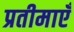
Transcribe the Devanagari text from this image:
प्रतीमाएँ